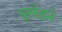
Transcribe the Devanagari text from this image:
घुसेड़ने